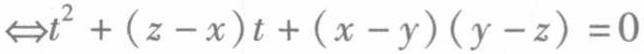
$\Leftrightarrow t^{2}+(z - x)t+(x - y)(y - z)=0$